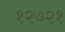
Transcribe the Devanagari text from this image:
१२७२१